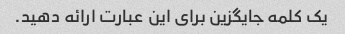
یک کلمه جایگزین برای این عبارت ارائه دهید.